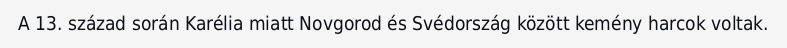
A 13. század során Karélia miatt Novgorod és Svédország között kemény harcok voltak.